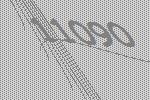
11090